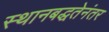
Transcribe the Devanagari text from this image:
स्थानबद्धतेनंतर